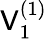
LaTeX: \mathsf{V}_{1}^{(1)}